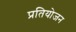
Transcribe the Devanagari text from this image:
प्रतियोजन